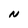
Character: N